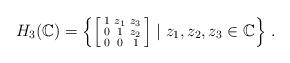
LaTeX: \begin{align*}H_3(\mathbb C)=\left\{\left[\begin{smallmatrix}1&z_1&z_3\\0&1&z_2\\0&0&1\end{smallmatrix}\right]\mid z_1,z_2,z_3 \in \mathbb C\right\}\,.\end{align*}